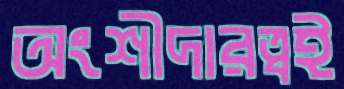
অংশীদারত্বই